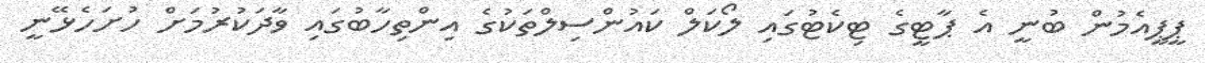
ޕީޕީއެމުން ބުނީ އެ ޕާޓީގެ ޓިކެޓުގައި ލޯކަލް ކައުންސިލްތަކުގެ އިންތިހާބުގައި ވާދަކުރުމަށް ހުށަހެޅޭނީ